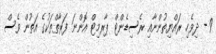
9 - ދިވެހި ރައްޔިތުންނާއި ރެސިޑެންޓް ޕާރމިޓް އޮންނަ ފަރާތްތަކުގެ އަތުން ވެސް